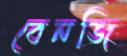
বেনজি